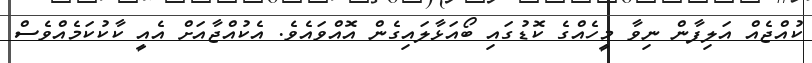
ކުއްޖެއް އަލިފާން ނިވާ މީހެއްގެ ކޮޑުގައި ބޯއަޅާލައިގެން އޮއްވައެވެ. އެކުއްޖާއަށް އެއީ ކާކުކަމެއްވެސް